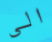
الى